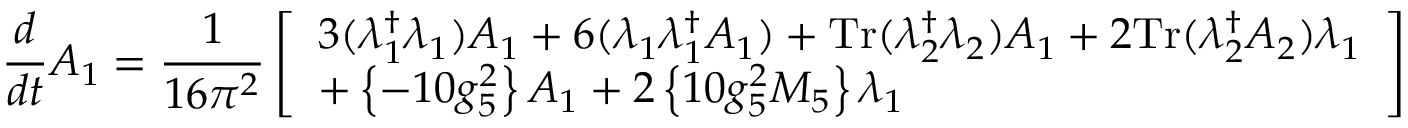
\frac { d } { d t } A _ { 1 } = \frac { 1 } { 1 6 \pi ^ { 2 } } \left[ \begin{array} { l l l } { { 3 ( \lambda _ { 1 } ^ { \dag } \lambda _ { 1 } ) A _ { 1 } + 6 ( \lambda _ { 1 } \lambda _ { 1 } ^ { \dag } A _ { 1 } ) + \mathrm { { T r } } ( \lambda _ { 2 } ^ { \dag } \lambda _ { 2 } ) A _ { 1 } + 2 { \mathrm { T r } } ( \lambda _ { 2 } ^ { \dag } A _ { 2 } ) \lambda _ { 1 } } } \\ { { + \left\{ - 1 0 g _ { 5 } ^ { 2 } \right\} A _ { 1 } + 2 \left\{ 1 0 g _ { 5 } ^ { 2 } M _ { 5 } \right\} \lambda _ { 1 } } } \end{array} \right]